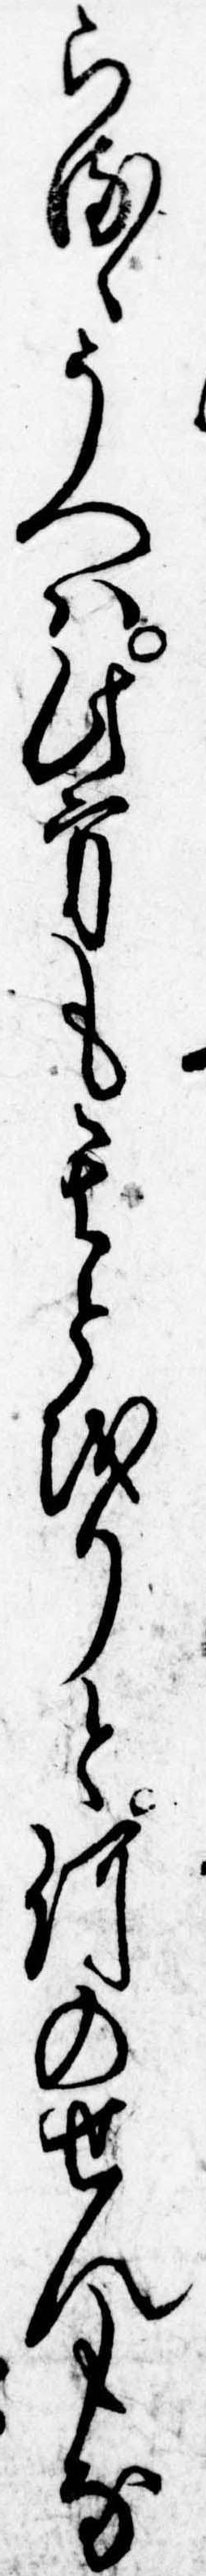
らるゝうへは此方も其とをりと何のせんもな